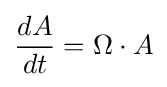
{\frac {dA}{dt}}=\Omega \cdot A